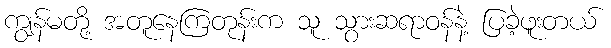
ကျွန်မတို့ အတူနေကြတုန်းက သူ သွားဆရာဝန်နဲ့ ပြခဲ့ဖူးတယ်